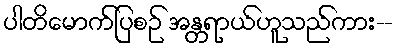
ပါတိမောက်ပြစဉ် အန္တရာယ်ဟူသည်ကား--